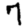
Digit: 7